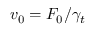
v _ { 0 } = F _ { 0 } / \gamma _ { t }